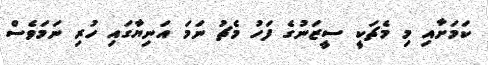
ކަމަށާއި މި މެޗަކީ ސީޒަނުގެ ފަހު މެޗު ނަމަ އަނިޔާގައި ހުރި ނަމަވެސް